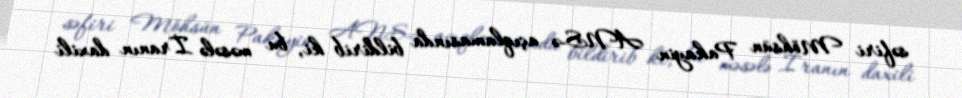
səfiri Möhsün Pakayin ANS-ə açıqlamasında bildirib ki, bu məsələ İranın daxili